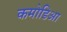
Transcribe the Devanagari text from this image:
कमोडिआ